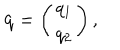
{ \bf q } = \left( \begin{array} { c } { { q _ { 1 } } } \\ { { q _ { 2 } } } \\ \end{array} \right) ,